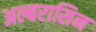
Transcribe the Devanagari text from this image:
अल्बरासिन